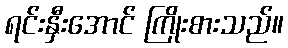
ရင်းနှီးအောင် ကြိုးစားသည်။